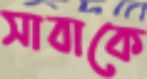
সাবাকে